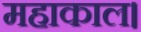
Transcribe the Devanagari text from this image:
महाकाल।